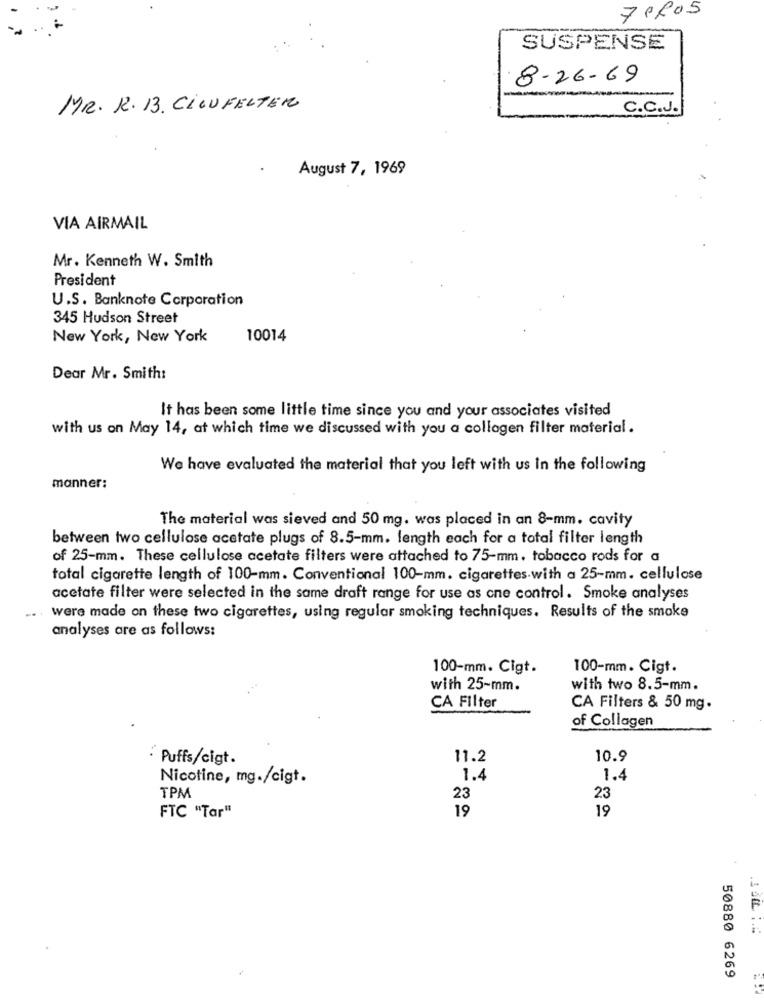
7PR05
SUSPENSE
8-26-69
MR. R. 13. CILUFELTER
C.C.J.
August 7, 1969
VIA AIRMAIL
Mr. Kenneth W. Smith
President
U.S. Banknote Corporation
345 Hudson Street
New York, New York
10014
Dear Mr. Smith:
It has been some little time since you and your associates visited
with us on May 14, at which time we discussed with you a collagen filter material.
We have evaluated the material that you left with us In the following
manner:
The material was sieved and 50 mg. was placed in an 8-mm. cavity
between two cellulose acetate plugs of 8.5-mm. length each for a total filter length
of 25-mm. These cellulose acetate filters were attached to 75-mm. tobacco rods for a
total cigarette length of 100-mm. Conventional 100-mm. cigarettes.with a 25-mm. cellulose
acetate filter were selected in the same draft range for use as cne control. Smoke analyses
were made on these two cigarettes, using regular smoking techniques. Results of the smoke
analyses are as follows:
100-mm. Cigt.
100-mm. Cigt.
with 25-mm.
with two 8.5-mm.
CA Filter
CA Filters & 50 mg.
of Collagen
Puffs/cigt.
11.2
10.9
Nicotine, mg./cigt.
1.4
1.4
TPM
23
23
FTC "Tar"
19
19
50880 6269